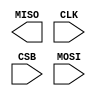
///////////////////////////////////////////////////////////////////////////////
// Copyright (c) 1995/2004 Xilinx, Inc.
// All Right Reserved.
///////////////////////////////////////////////////////////////////////////////
//   ____  ____
//  /   /\/   /
// /___/  \  /    Vendor : Xilinx
// \   \   \/     Version : 10.1
//  \   \         Description : Xilinx Formal Library Component
//  /   /                  Internal logic access to the Serial Peripheral Interface (SPI) PROM data
// /___/   /\     Filename : SPI_ACCESS.v
// \   \  /  \    Timestamp : Tue Nov 12 14:49:22 PDT 20067
//  \___\/\___\
//
//                WARNING!!!  -- "This behavioral model is for Xilinx test purpose only.
//                Simulation of this model is not currently supported by Xilinx."
//
// Revision:
//    11/12/07 - Initial version.
// End Revision

`timescale  1 ps / 1 ps

module SPI_ACCESS (MISO, CLK, CSB, MOSI);

parameter SIM_DELAY_TYPE = "SCALED"; // ACCURATE means enforce spec timing delays
                                     // SCALED means shorted delays for faster sim
parameter SIM_DEVICE = "3S1400AN";
parameter SIM_FACTORY_ID = 512'h00000000000000000000000000000000000000000000000000000000000000000000000000000000000000000000000000000000000000000000000000000000;  // Security Register Bytes[64:127]
parameter SIM_MEM_FILE = "NONE"; // Memory pre-load
parameter SIM_USER_ID =    512'hFFFFFFFFFFFFFFFFFFFFFFFFFFFFFFFFFFFFFFFFFFFFFFFFFFFFFFFFFFFFFFFFFFFFFFFFFFFFFFFFFFFFFFFFFFFFFFFFFFFFFFFFFFFFFFFFFFFFFFFFFFFFFFFF; // Security Register Bytes[0:63]


    output MISO;

    input CLK, CSB, MOSI;
    


endmodule // SPI_ACCESS